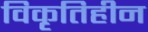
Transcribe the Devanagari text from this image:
विकृतिहीन